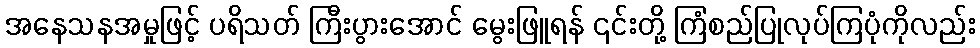
အနေသနအမှုဖြင့် ပရိသတ် ကြီးပွားအောင် မွေးဖြူရန် ၎င်းတို့ ကြံစည်ပြုလုပ်ကြပုံကိုလည်း